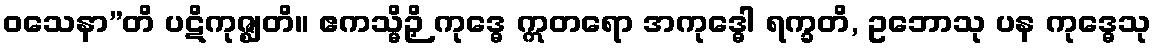
ဝသေနာ”တိ ပဋိကုဇ္ဈတိ။ ဧကသ္မိဉှိ ကုဒ္ဓေ ဣတရော အကုဒ္ဓေါ ရက္ခတိ, ဥဘောသု ပန ကုဒ္ဓေသု